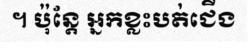
។ ប៉ុន្តែ អ្នកខ្លះបត់ជើង